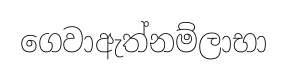
ගෙවාඇත්නම්ලාභා